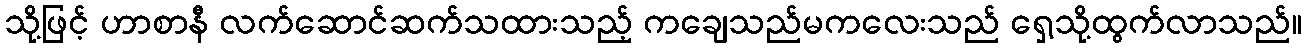
သို့ဖြင့် ဟာစာနီ လက်ဆောင်ဆက်သထားသည့် ကချေသည်မကလေးသည် ရှေ့သို့ထွက်လာသည်။